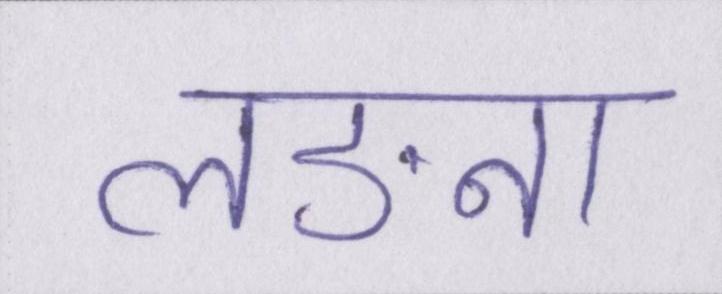
लङना